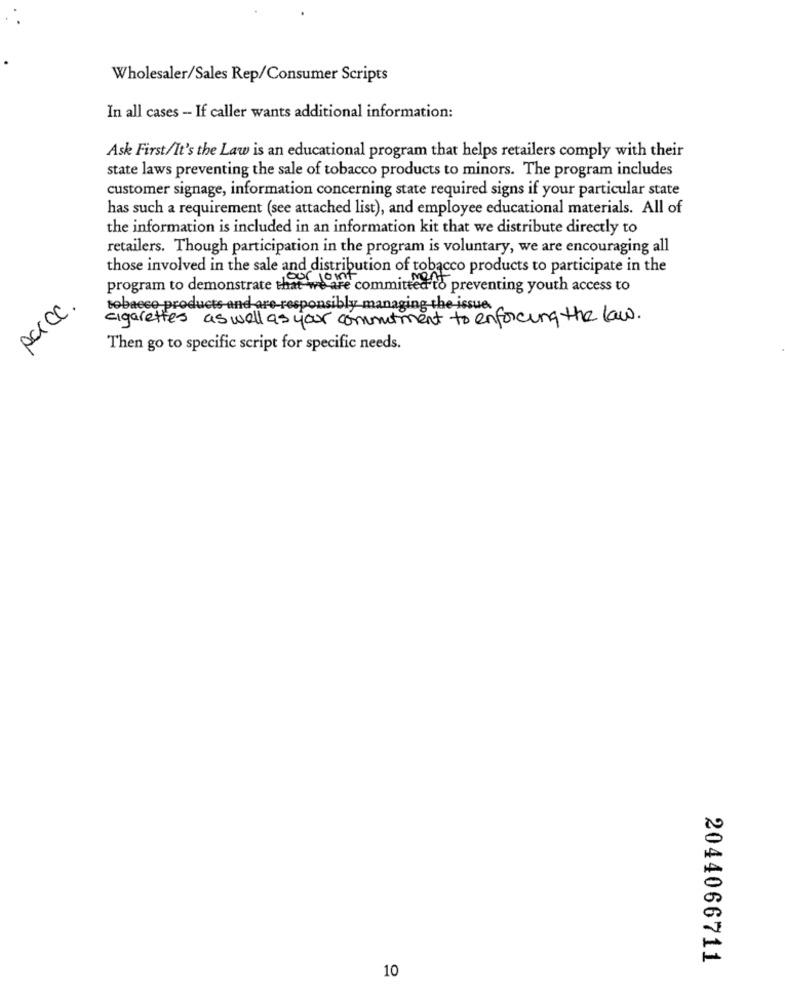
Wholesaler/Sales Rep/Consumer Scripts
In all cases - If caller wants additional information:
Ask First/It's the Law is an educational program that helps retailers comply with their
state laws preventing the sale of tobacco products to minors. The program includes
customer signage, information concerning state required signs if your particular state
has such a requirement (see attached list), and employee educational materials. All of
the information is included in an information kit that we distribute directly to
retailers. Though participation in the program is voluntary, we are encouraging all
those involved in the sale and distribution of tobacco products to participate in the
program to demonstrate that we are committed to preventing youth access to
parcc.
tobacco products and are responsibly managing the issue
cigarettes as well as your commitment to enforcing the law.
Then go to specific script for specific needs.
2044066711
10